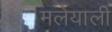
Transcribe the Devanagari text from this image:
मलेयाली